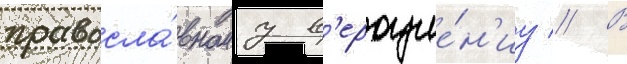
правосла́вному в'ероуче́н'иу // В